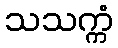
သသက္ကံ